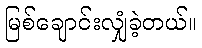
မြစ်ချောင်းလျှံခဲ့တယ်။